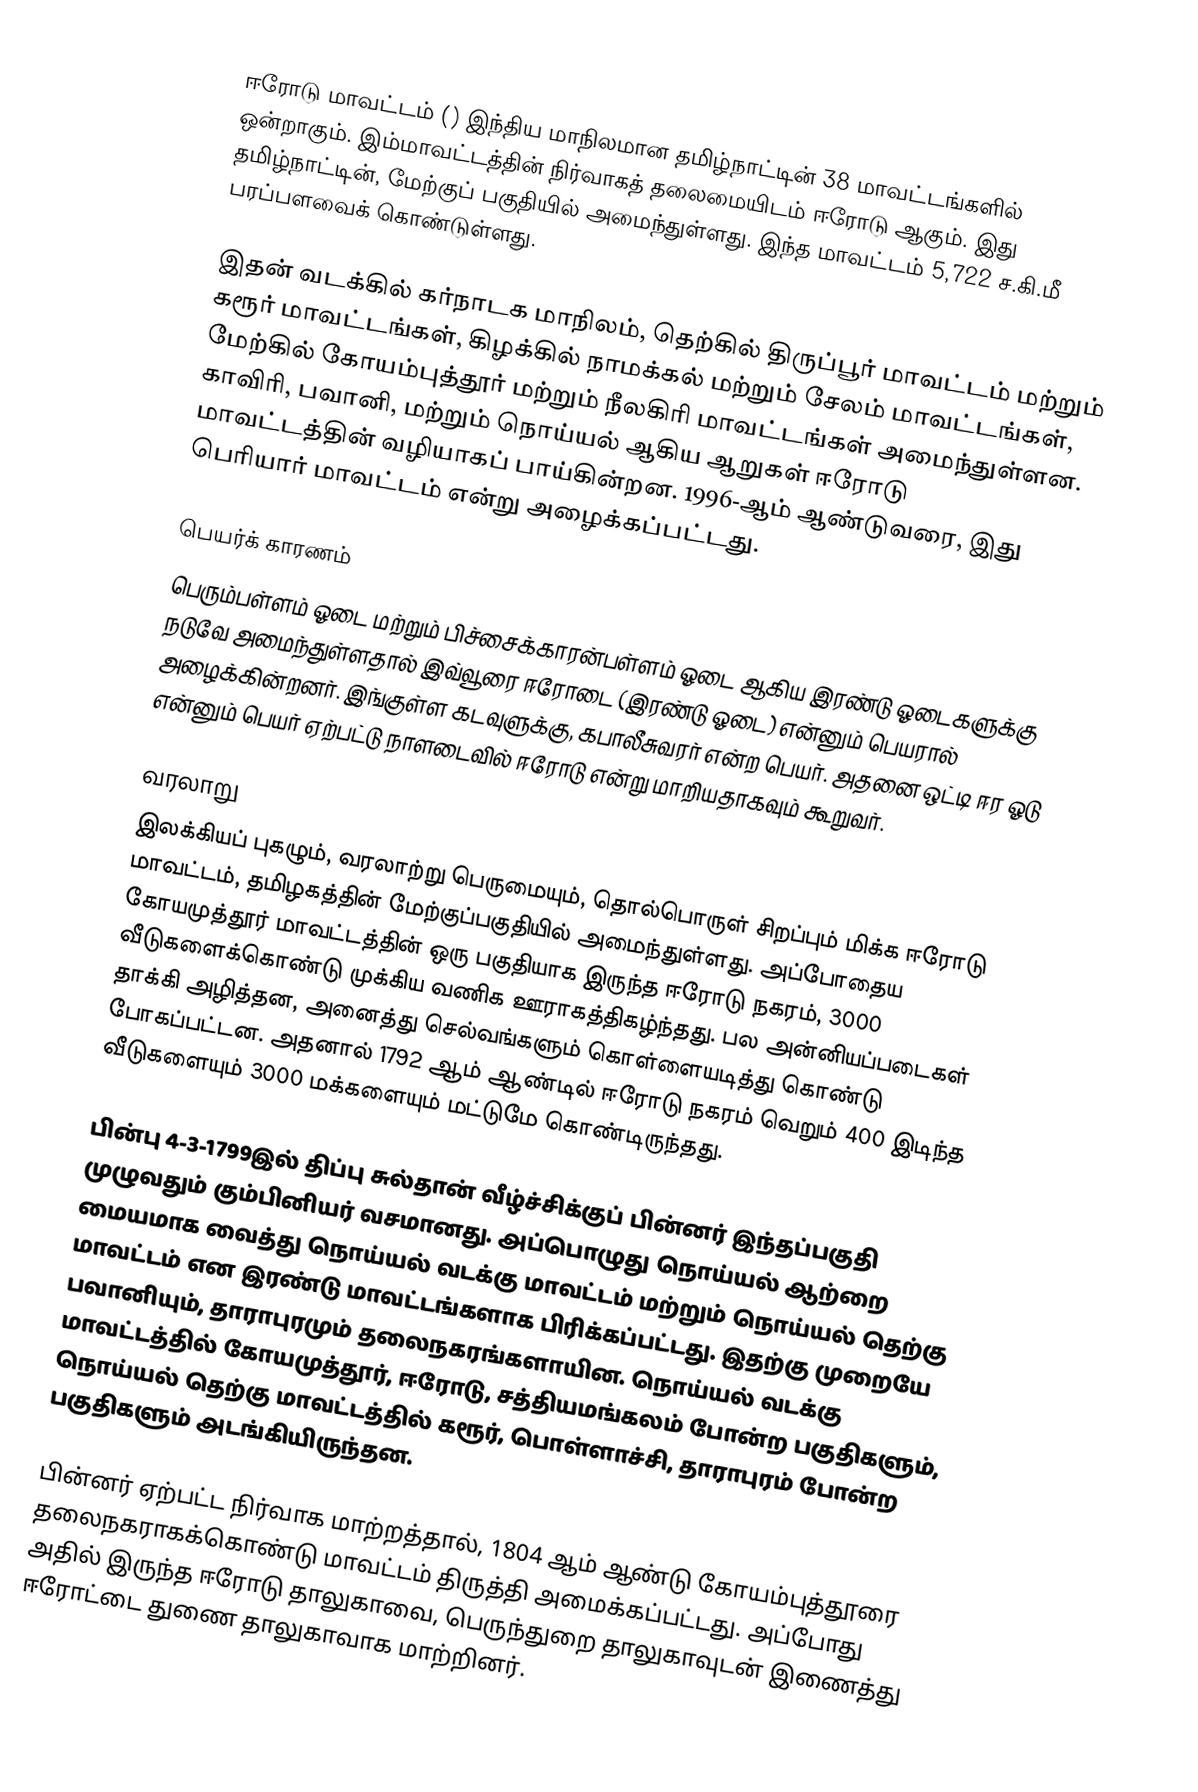
ஈரோடு மாவட்டம் () இந்திய மாநிலமான தமிழ்நாட்டின் 38 மாவட்டங்களில் ஒன்றாகும். இம்மாவட்டத்தின் நிர்வாகத் தலைமையிடம் ஈரோடு ஆகும். இது தமிழ்நாட்டின், மேற்குப் பகுதியில் அமைந்துள்ளது. இந்த மாவட்டம் 5,722 ச.கி.மீ பரப்பளவைக் கொண்டுள்ளது.

இதன் வடக்கில் கர்நாடக மாநிலம், தெற்கில் திருப்பூர் மாவட்டம் மற்றும் கரூர் மாவட்டங்கள், கிழக்கில் நாமக்கல் மற்றும் சேலம் மாவட்டங்கள்,  மேற்கில் கோயம்புத்தூர் மற்றும் நீலகிரி மாவட்டங்கள் அமைந்துள்ளன. காவிரி, பவானி, மற்றும் நொய்யல் ஆகிய ஆறுகள் ஈரோடு மாவட்டத்தின் வழியாகப் பாய்கின்றன. 1996-ஆம் ஆண்டுவரை, இது பெரியார் மாவட்டம் என்று அழைக்கப்பட்டது.

பெயர்க் காரணம்
பெரும்பள்ளம் ஓடை மற்றும் பிச்சைக்காரன்பள்ளம் ஓடை ஆகிய இரண்டு ஓடைகளுக்கு நடுவே அமைந்துள்ளதால் இவ்வூரை ஈரோடை (இரண்டு ஓடை) என்னும் பெயரால் அழைக்கின்றனர். இங்குள்ள கடவுளுக்கு, கபாலீசுவரர் என்ற பெயர். அதனை ஒட்டி ஈர ஓடு என்னும் பெயர் ஏற்பட்டு நாளடைவில் ஈரோடு என்று மாறியதாகவும் கூறுவர்.

வரலாறு
இலக்கியப் புகழும், வரலாற்று பெருமையும், தொல்பொருள் சிறப்பும் மிக்க  ஈரோடு மாவட்டம், தமிழகத்தின் மேற்குப்பகுதியில் அமைந்துள்ளது. அப்போதைய கோயமுத்தூர் மாவட்டத்தின் ஒரு பகுதியாக இருந்த ஈரோடு நகரம், 3000 வீடுகளைக்கொண்டு முக்கிய வணிக ஊராகத்திகழ்ந்தது. பல அன்னியப்படைகள் தாக்கி அழித்தன, அனைத்து செல்வங்களும் கொள்ளையடித்து கொண்டு போகப்பட்டன. அதனால் 1792 ஆம் ஆண்டில் ஈரோடு நகரம் வெறும் 400 இடிந்த வீடுகளையும் 3000 மக்களையும் மட்டுமே கொண்டிருந்தது.

பின்பு 4-3-1799இல் திப்பு சுல்தான் வீழ்ச்சிக்குப் பின்னர் இந்தப்பகுதி முழுவதும் கும்பினியர் வசமானது. அப்பொழுது நொய்யல் ஆற்றை மையமாக வைத்து நொய்யல் வடக்கு மாவட்டம் மற்றும் நொய்யல் தெற்கு மாவட்டம் என இரண்டு மாவட்டங்களாக பிரிக்கப்பட்டது. இதற்கு முறையே பவானியும், தாராபுரமும் தலைநகரங்களாயின. நொய்யல் வடக்கு மாவட்டத்தில் கோயமுத்தூர், ஈரோடு, சத்தியமங்கலம் போன்ற பகுதிகளும், நொய்யல் தெற்கு மாவட்டத்தில் கரூர், பொள்ளாச்சி, தாராபுரம் போன்ற பகுதிகளும் அடங்கியிருந்தன.

பின்னர் ஏற்பட்ட நிர்வாக மாற்றத்தால், 1804 ஆம் ஆண்டு கோயம்புத்தூரை தலைநகராகக்கொண்டு மாவட்டம் திருத்தி அமைக்கப்பட்டது. அப்போது அதில் இருந்த ஈரோடு தாலுகாவை, பெருந்துறை தாலுகாவுடன் இணைத்து ஈரோட்டை துணை தாலுகாவாக மாற்றினர்.